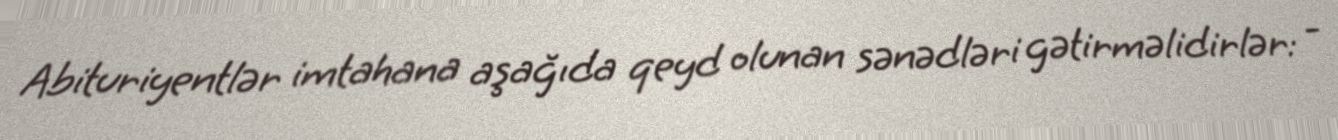
Abituriyentlər imtahana aşağıda qeyd olunan sənədləri gətirməlidirlər: -